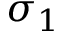
\sigma _ { 1 }